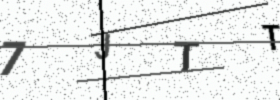
Text: 7JTT